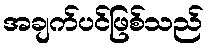
အချက်ပင်ဖြစ်သည်